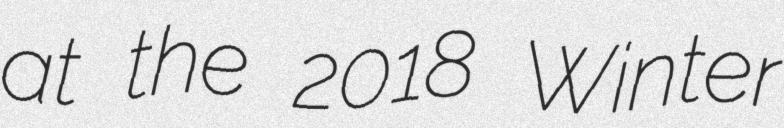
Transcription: at the 2018 Winter